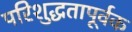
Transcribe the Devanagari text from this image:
परिशुद्धतापूर्वक